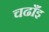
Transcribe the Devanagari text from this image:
चढाँइ